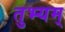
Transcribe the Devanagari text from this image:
तुभ्यम्